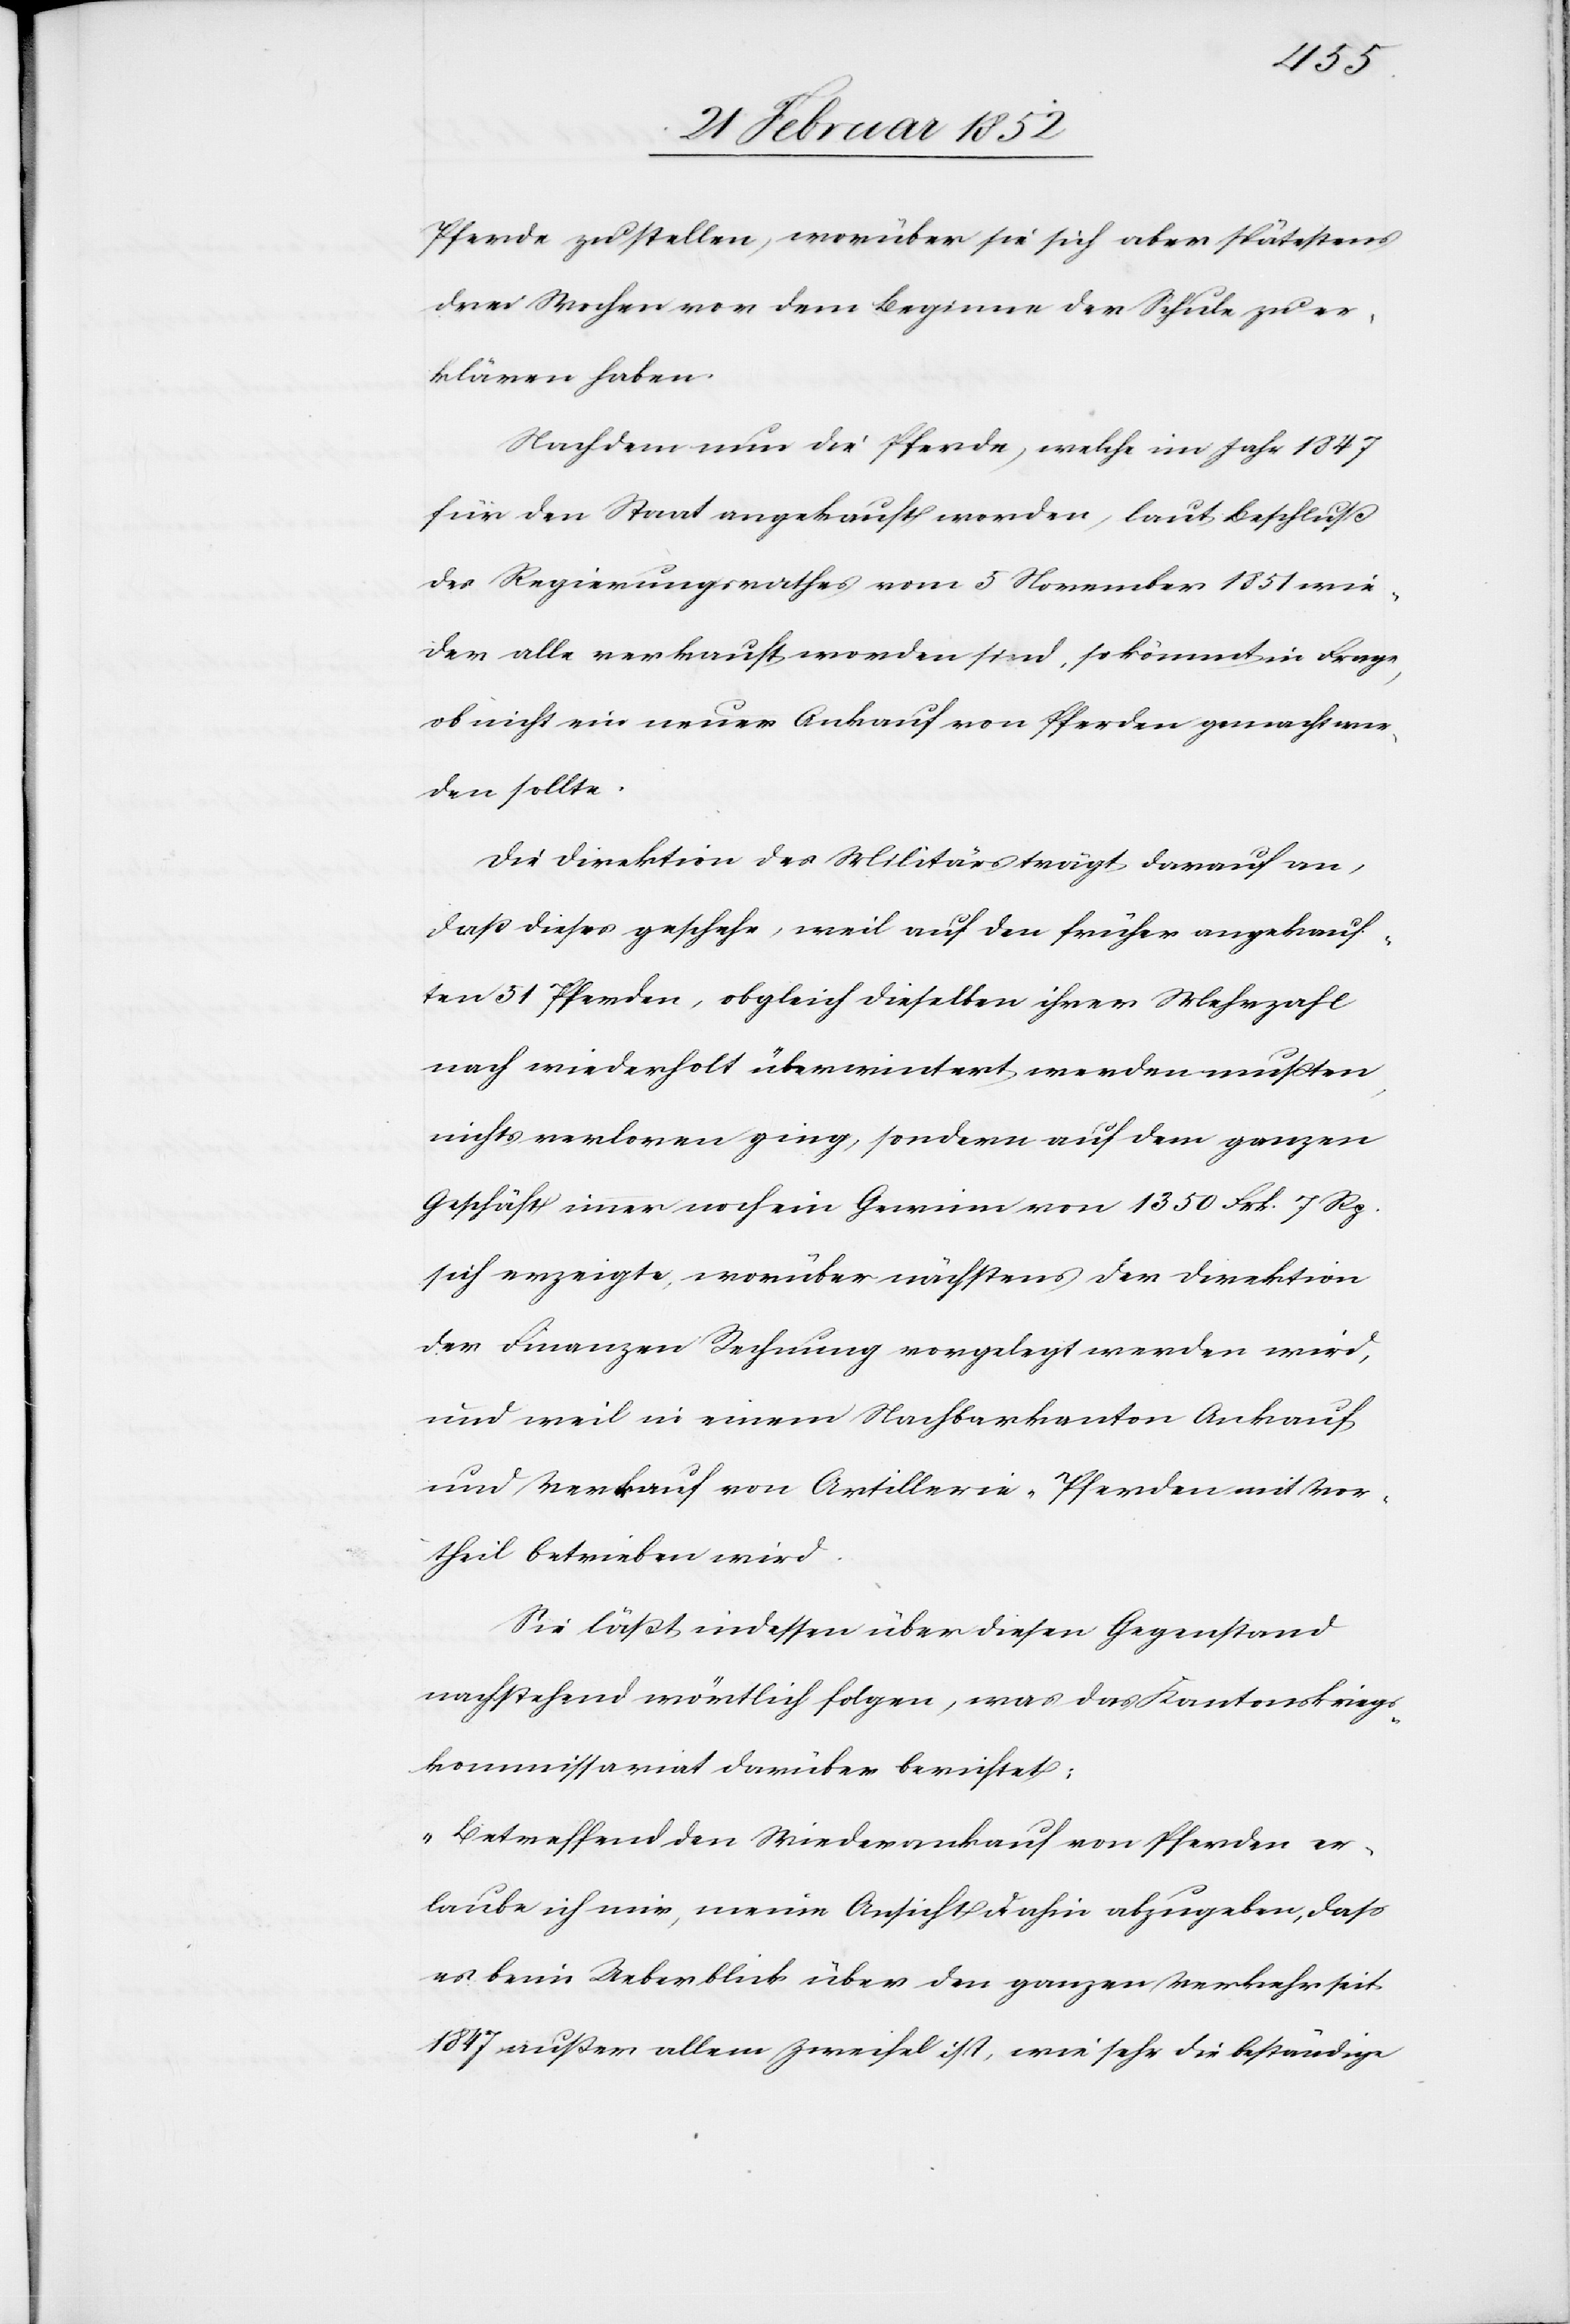
Pferde zu stellen, worüber sie sich aber spätestens
drei Wochen vor dem Beginn der Schule zu er¬
klären haben.
Nachdem nun die Pferde, welche im Jahr 1847
für den Staat angekauft worden, laut Beschluß
des Regierungsrathes vom 5 November 1851 wie¬
der alle verkauft worden sind, so kömmt in Frage,
ob nicht ein neuer Ankauf von Pferden gemacht wer¬
den sollte.
Die Direktion des Militärs trägt darauf an,
daß dieses geschehe, weil auf den früher angekauf¬
ten 51 Pferden, obgleich dieselben ihrer Mehrzahl
nach wiederholt überwintert werden mußten,
nichts verloren ging, sondern auf dem ganzen
Geschäft immer noch ein Gewinn von 1350 Frk. 7 Rp.
sich erzeigte, worüber nächstens der Direktion
der Finanzen Rechnung vorgelegt werden wird,
und weil in einem Nachbarkanton Ankauf
und Verkauf von Artillerie-Pferden mit Vor¬
theil betrieben wird.
Sie läßt indessen über diesen Gegenstand
nachstehend wörtlich folgen, was das Kantonskriegs¬
kommissariat darüber berichtet:
„Betreffend den Wiederankauf von Pferden er¬
laube ich mir, meine Ansicht dahin abzugeben, daß
es kein Ueberblick über den ganzen Verkehr seit
1847 außer allem Zweifel ist, wie sehr die beständige